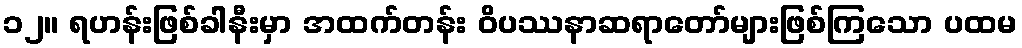
၁၂။ ရဟန်းဖြစ်ခါနီးမှာ အထက်တန်း ဝိပဿနာဆရာတော်များဖြစ်ကြသော ပထမ